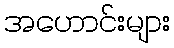
အဟောင်းများ